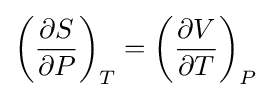
\left({\frac {\partial S}{\partial P}}\right)_{T}=\left({\frac {\partial V}{\partial T}}\right)_{P}